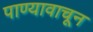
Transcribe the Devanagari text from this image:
पाण्यावाचून